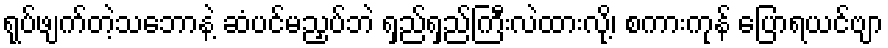
ရုပ်ဖျက်တဲ့သဘောနဲ့ ဆံပင်မညှပ်ဘဲ ရှည်ရှည်ကြီးလဲထားလို့၊ စကားကုန် ပြောရယင်ဗျာ